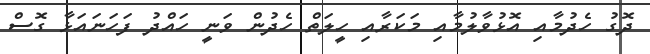
ދޮގު ހެދުމާއި އޮޅުވާލުމާއި މަކަރާއި ހީލަތް ހެދުން ވަނީ ހައްދު ފަހަނައަޅާ ގޮސް